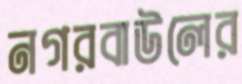
নগরবাউলের